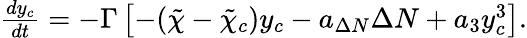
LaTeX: \begin{array}{r}{\frac{dy_{c}}{dt}=-\Gamma\left[-(\tilde{\chi}-\tilde{\chi}_{c})y_{c}-a_{\Delta N}\Delta N+a_{3}y_{c}^{3}\right].}\end{array}